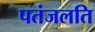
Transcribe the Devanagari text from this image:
पतंजलति